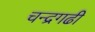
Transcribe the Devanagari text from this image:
चन्द्रगढी